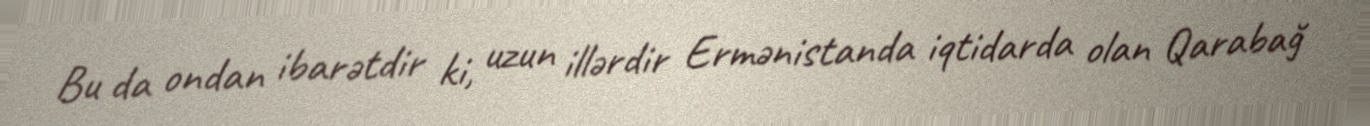
Bu da ondan ibarətdir ki, uzun illərdir Ermənistanda iqtidarda olan Qarabağ